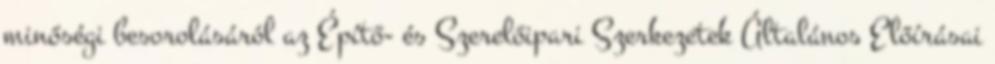
minőségi besorolásáról az Építő- és Szerelőipari Szerkezetek Általános Előírásai